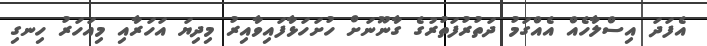
އެފަދަ އިސްލާހެއް އެއްގަމު ދަތުރުފަތުރުގެ ގާނޫނަށް ހުށަހަޅާފައިވާއިރު މިދިޔަ އަހަރާއި މިއަހަރު ހިނގި